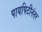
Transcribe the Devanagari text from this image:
पायपिटीनंतर